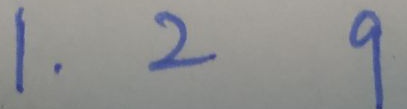
1 . 2 9